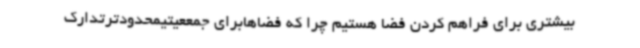
بیشتری برای فراهم کردن فضا هستیم چرا که فضاهابرای جمععیتیمحدودترتدارک